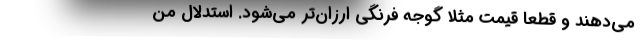
می‌دهند و قطعاً قیمت مثلاً گوجه فرنگی ارزان‌تر می‌شود. استدلال من